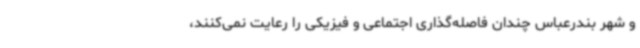
و شهر بندرعباس چندان فاصله‌گذاری اجتماعی و فیزیکی را رعایت نمی‌کنند،